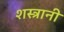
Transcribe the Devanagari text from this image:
शस्त्रानी